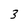
Character: 3